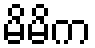
မိမိက